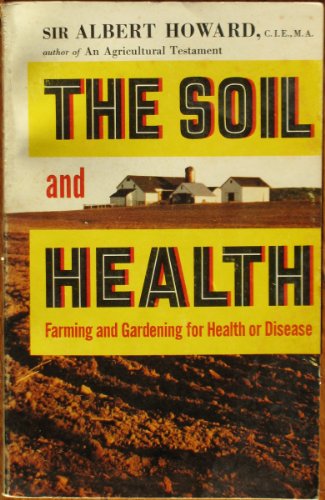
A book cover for The Soil and Health: Farming and Gardening for Health or Disease; Albert Howard; Crafts, Hobbies & Home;